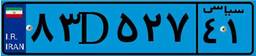
۸۳D۵۲۷۴۱